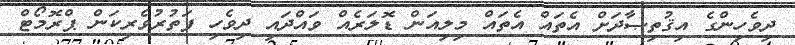
ދިވެހިންގެ އިޤުތިޞާދަށް އެތައް އެތައް މިލިއަން ޑޮލަރެއް ވައްދައި ދިވެހި ފަތުރުވެރިކަން ޕްރޮމޯޓް